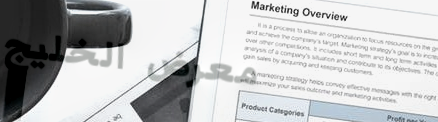
معرض الخليج